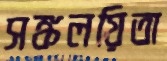
সঙ্কলয়িতা